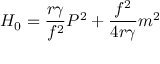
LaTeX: H _ { 0 } = \frac { r { \gamma } } { f ^ { 2 } } P ^ { 2 } + \frac { f ^ { 2 } } { 4 r { \gamma } } m ^ { 2 }